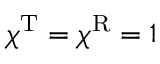
\chi ^ { \mathrm { T } } = \chi ^ { \mathrm { R } } = 1